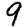
Digit: 9